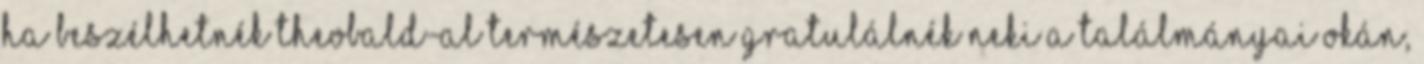
Ha beszélhetnék Theobald-al természetesen gratulálnék neki a találmányai okán,